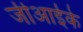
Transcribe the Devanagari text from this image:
जीआईके